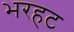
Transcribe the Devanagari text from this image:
भरहट